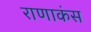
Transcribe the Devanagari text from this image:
राणाकंस